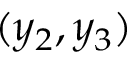
( y _ { 2 } , y _ { 3 } )